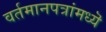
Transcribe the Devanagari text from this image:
वर्तमानपत्रांमध्यॆ